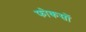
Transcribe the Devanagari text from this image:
फोकसों